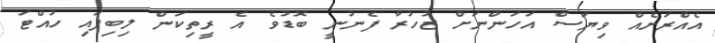
އެއްރަށެއް ވިޔަސް އަހަންނަށް ޒުހުރާ ފެނުނީ ބޮޑުވެ އެ ރީތިކަން ލިބިފައި ހުއްޓަ